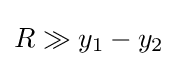
R\gg y_{1}-y_{2}